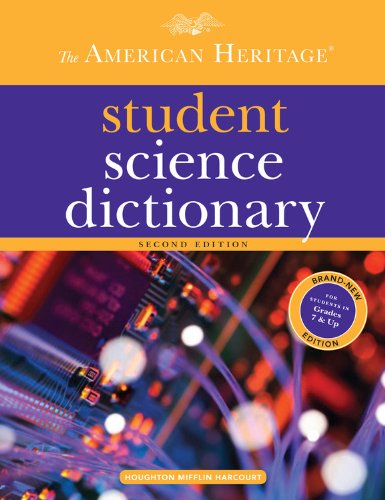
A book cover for The American Heritage Student Science Dictionary, Second Edition; Teen & Young Adult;